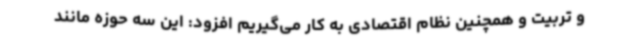
و تربیت و همچنین نظام اقتصادی به کار می‌گیریم افزود: این سه حوزه مانند